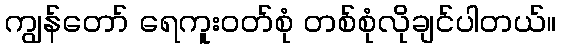
ကျွန်တော် ရေကူးဝတ်စုံ တစ်စုံလိုချင်ပါတယ်။